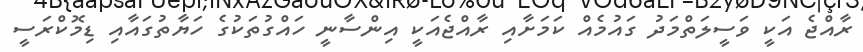
ރާއްޖެ އަކީ ވަސީލަތްމަދު ގައުމެއް ކަމަށާއި ރާއްޖެއަކީ އިންސާނީ ހައްގުތަކުގެ ހަޔާތުގައާއި ޑިމޮކްރަސީ